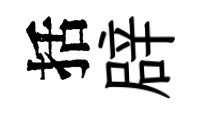
括辟